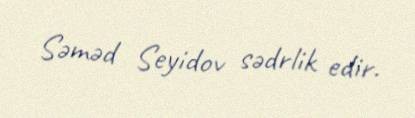
Səməd Seyidov sədrlik edir.